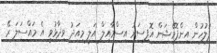
ފުލުހުން އިންފޮމޭޝަން އޮފިސަރު އިސްމާއިލް އަލީ މިއަދު ވިދާޅުވީ އެ މައްސަލަ ރޭ